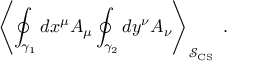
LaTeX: \left\langle \oint _ { \gamma _ { 1 } } d x ^ { \mu } A _ { \mu } \oint _ { \gamma _ { 2 } } d y ^ { \nu } A _ { \nu } \right\rangle _ { \mathcal { S } _ { \mathrm { C S } } } \; .